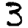
Digit: 3